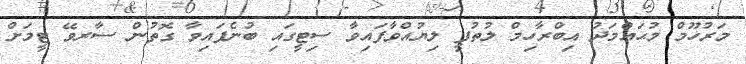
މަރުހޫމް މުޙައްމަދު އިބްރާހިމް ލުތުފީ ލިޔުއްވާފައިވާ ސިޓީގައި ބުނެފައިވާ ގޮތުން ސާރވޭ ޓީމަށް